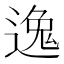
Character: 𫐶